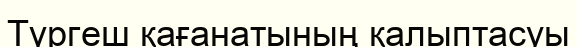
Түргеш қағанатының қалыптасуы